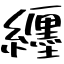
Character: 纒